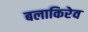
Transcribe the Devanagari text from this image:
बलाकिरेव